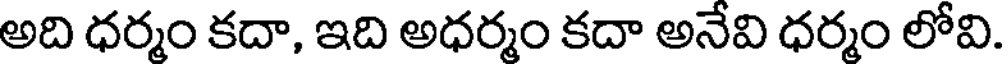
అది ధర్మం కదా, ఇది అధర్మం కదా అనేవి ధర్మం లోవి.